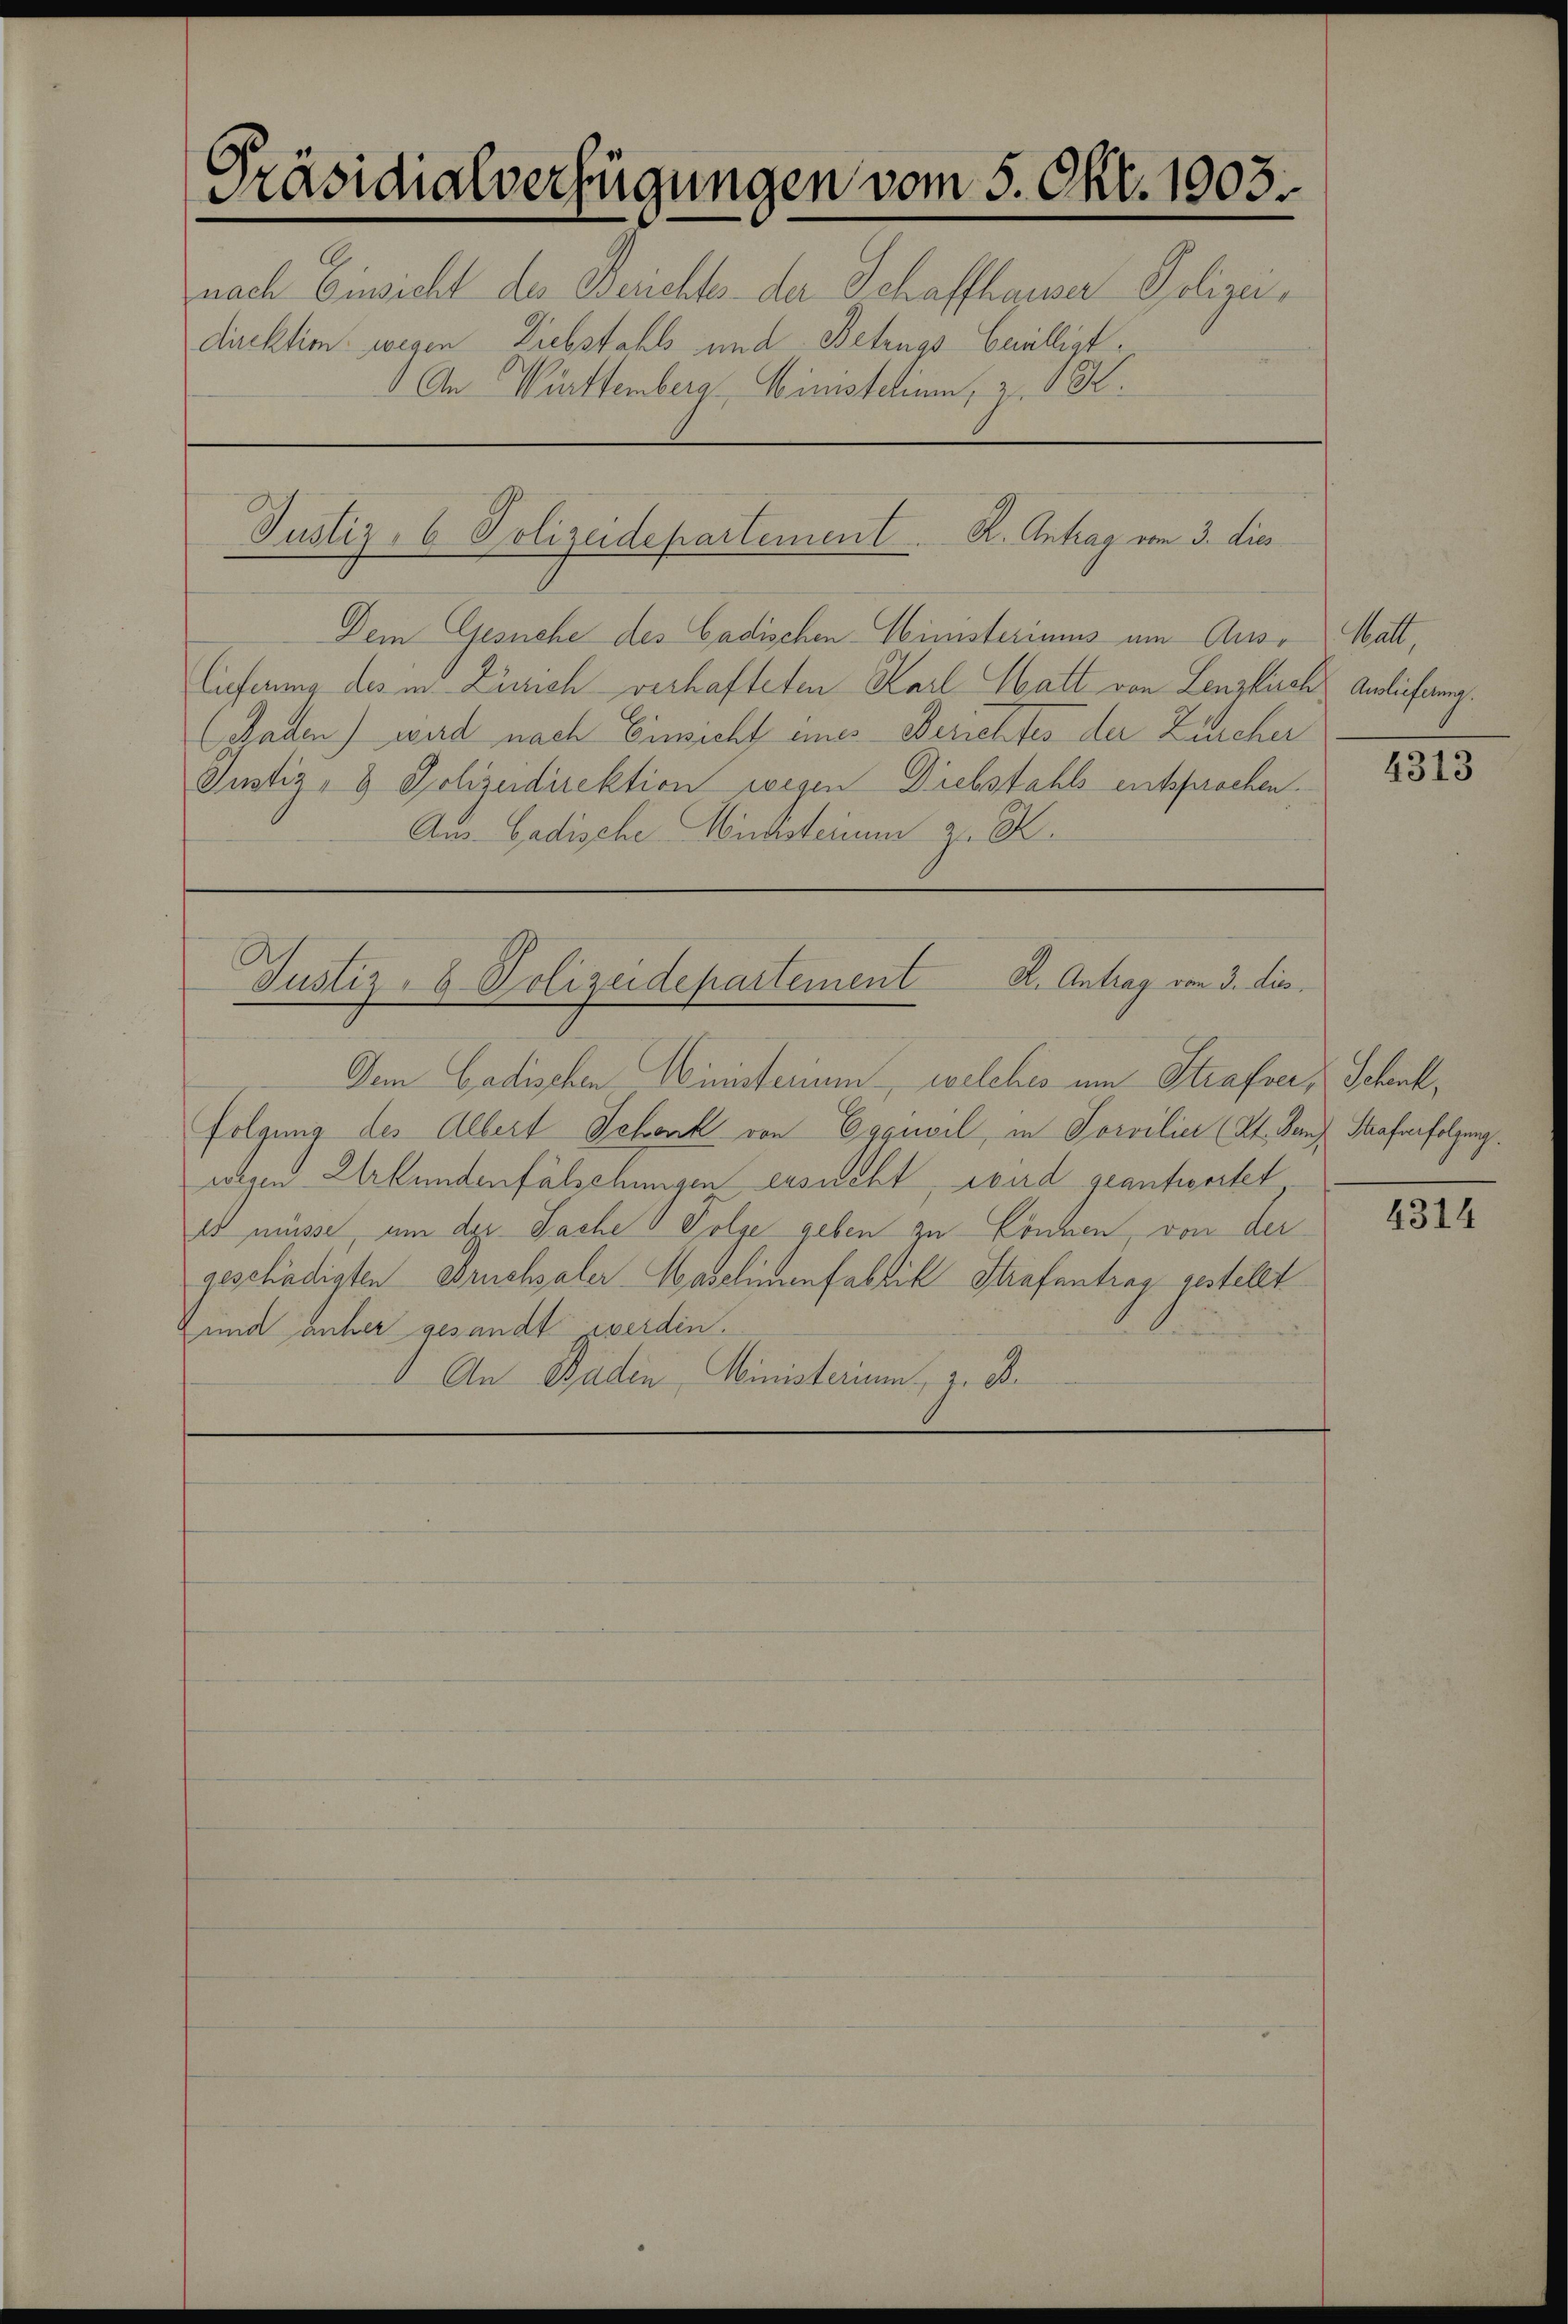
Präsidialverfügungen vom 5. Okt. 1903.
nach Einsicht der Berichtes der Schaffhauser Polizeidirektion wegen Liebstahls und Betrugs Cailligt.
An Württemberg Wimstehum, z. K.

Justiz, 6 Polizeidepartement . . . . . .  K. Antrag vom 3. dies

Dem Gesuche des Cadischen Ministeriums um Auso Matt,
Auferung des in Zürich verhafteten Karl Hatt von Lenzkirch Anliefung.
Raden) wird nach Einsicht eines Berichtes der Zürcher
Justiz- & Polizeidirektion wegen Diebstahls entsprochen.
Aus Gadische Winzsteinen zu K

Justiz- & Polizeidepartement K. Antrag von 3. die

Dem Gadischen Ministerium, welches um Strafser, Schiffolgung des Albert Schank von Eggiwil, in Sorvilier (St. Ganz Straferfolgung.
wegen Urkundenfälschungen ersucht, wird geantwortet
es müsse, um der Sache v Folge geben zu können, von der
geschädigten Bruchsaler Haselimenfabrik Strafantrag gestellt
und anher gesandt werden.
An Baden Ministerium, z. B.

4313

4314